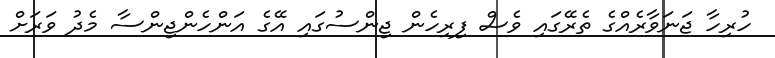
ހުރިހާ ޖަނަވާރެއްގެ ތެރޭގައި ވެސް ފިރިހެން ޖިންސުގައި އޭގެ އަންހެންޖިންސާ މެދު ވަރަށް